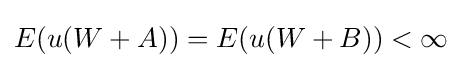
E(u(W+A))=E(u(W+B))<\infty